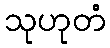
သုဟုတံ